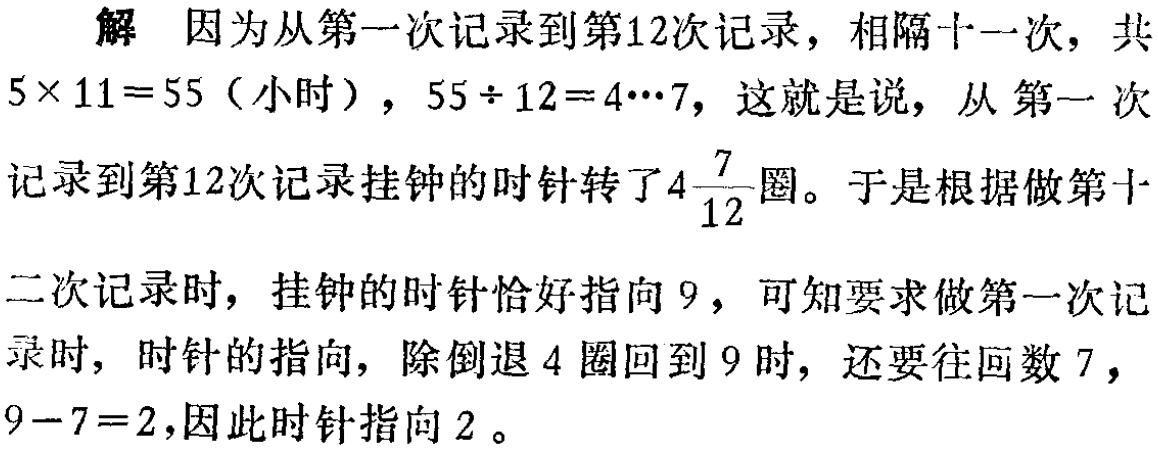
解 因为从第一次记录到第12次记录，相隔十一次，共

\(5\times 11 = 55\)（小时），\(55\div 12 = 4\cdots7\)，这就是说，从第一次

记录到第12次记录挂钟的时针转了\(4\frac{7}{12}\)圈。于是根据做第十

二次记录时，挂钟的时针恰好指向9，可知要求做第一次记

录时，时针的指向，除倒退4圈回到9时，还要往回数7，

\(9 - 7 = 2\)，因此时针指向2。